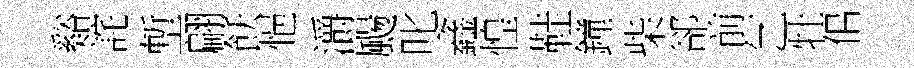
谿詫塹翩飫悒灂颺叱鑫惶鞋鐘柴郤前乞牡佀